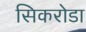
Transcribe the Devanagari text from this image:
सिकरोडा